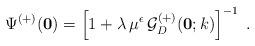
LaTeX: \begin{align*}\Psi^{(+)} ({\bf 0})=\left[ 1 + \lambda \, \mu^{\epsilon}\,{\mathcal G}^{(+)}_{{D}} ({\bf 0};k) \right]^{-1}\; .\end{align*}